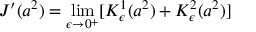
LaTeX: J ^ { \prime } ( a ^ { 2 } ) = \operatorname * { l i m } _ { \epsilon \to 0 ^ { + } } [ K _ { \epsilon } ^ { 1 } ( a ^ { 2 } ) + K _ { \epsilon } ^ { 2 } ( a ^ { 2 } ) ]